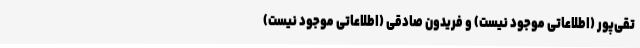
تقی‌پور (اطلاعاتی موجود نیست) و فریدون صادقی (اطلاعاتی موجود نیست)